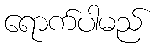
ရောက်ပါမည်